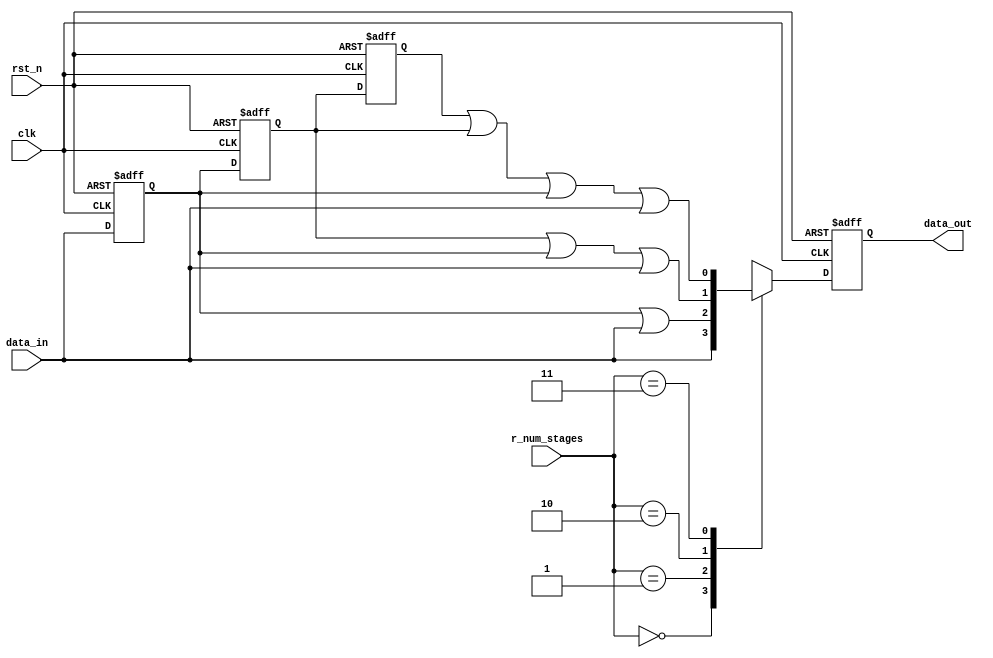
// This program was cloned from: https://github.com/chipsalliance/aib-phy-hardware
// License: Apache License 2.0

// SPDX-License-Identifier: Apache-2.0
// Copyright (C) 2019 Intel Corporation. 
//------------------------------------------------------------------------
// (C) 2009 Altera Corporation. .  
//
//------------------------------------------------------------------------
// Revision:    $Revision: #1 $
//------------------------------------------------------------------------
// Description: 
//
//------------------------------------------------------------------------

module cdclib_pulse_stretch 
   #(
      parameter RESET_VAL        = 0, // Reset value 
      parameter HIGH_PULSE       = 1  // High or low pulse
    )
  (
    input  wire         clk,         // clock
    input  wire         rst_n,       // async reset
    input  wire [1:0]   r_num_stages,  // number of stages required
    input  wire         data_in,     // data in
    output  reg         data_out     // stretched data out             
   );

   wire                         reset_value;
   assign reset_value = (RESET_VAL == 1) ? 1'b1 : 1'b0;  // To eliminate truncating warning

   reg                  data_d1, data_d2, data_d3, data_d4;
   reg                  data_out_comb;
      
   always @* begin
      data_out_comb = data_in;
      
      case (r_num_stages)
        2'b00: data_out_comb = data_in;
        2'b01: data_out_comb = HIGH_PULSE ? data_d1 | data_in : data_d1 & data_in;
        2'b10: data_out_comb = HIGH_PULSE ? data_d2 | data_d1 | data_in : data_d2 & data_d1 & data_in ;
        2'b11: data_out_comb = HIGH_PULSE ? data_d3 | data_d2 | data_d1 | data_in : data_d3 & data_d2 & data_d1 & data_in;
        default: data_out_comb = data_in;
      endcase // case(r_num_stages)
   end // always @ *

   always @(negedge rst_n or posedge clk) begin
      if (~rst_n) begin
         data_d1 <= reset_value;
         data_d2 <= reset_value;
         data_d3 <= reset_value;
         data_d4 <= reset_value;
         data_out <= reset_value;
      end
      else begin
         data_d1 <= data_in;
         data_d2 <= data_d1;
         data_d3 <= data_d2;
         data_d4 <= data_d3;
         data_out <= data_out_comb;
      end
   end // always @ (negedge rst_n or posedge clk)
      
endmodule // cdclib_pulse_stretch